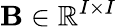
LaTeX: \mathbf{B}\in\mathbb{R}^{I\times I}